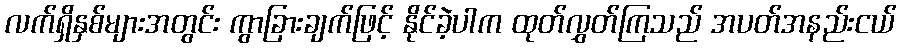
လက်ရှိနှစ်များအတွင်း ကွာခြားချက်ဖြင့် နိုင်ခဲ့ပါက ထုတ်လွှတ်ကြသည် အပတ်အနည်းငယ်